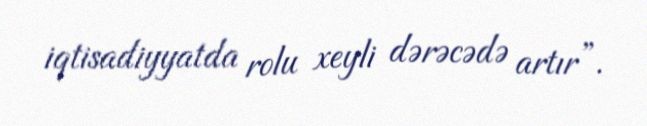
iqtisadiyyatda rolu xeyli dərəcədə artır”.